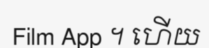
Film App ។ ហើយ